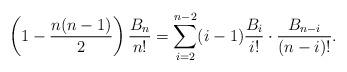
LaTeX: \begin{align*}\left( 1 - \frac{n(n-1)}{2} \right) \frac{B_{n}}{n!} = \sum_{i=2}^{n-2} (i-1) \frac{B_{i}}{i!} \cdot \frac{B_{n-i}}{(n-i)!}.\end{align*}